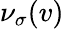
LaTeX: \nu_{\sigma}(v)